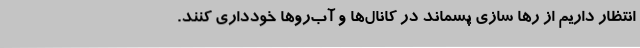
انتظار داریم از رها سازی پسماند در کانال‌ها و آب‌روها خودداری کنند.